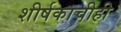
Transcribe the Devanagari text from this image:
शीर्षकाचीही